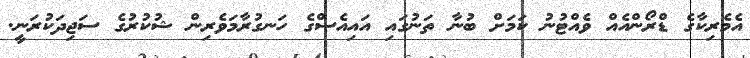
އެމެރިކާގެ ޑްރޯންއެއް ވެއްޓުނު ކަމަށް ބުނާ ތަނުގައި އައިއެސްގެ ހަނގުރާމަވެރިން ޝުކުރުގެ ސަޖިދަކުރަނީ.